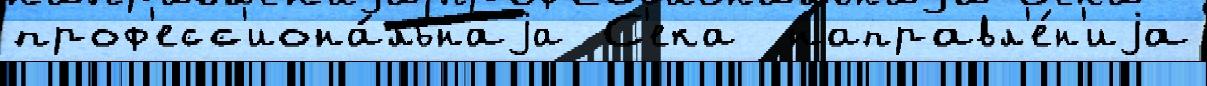
проф'есс'иона́льнаjа С'ека  направл'е́н'иjа